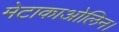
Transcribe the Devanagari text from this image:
मेटाकाओलिन।